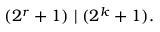
( 2 ^ { r } + 1 ) \mid ( 2 ^ { k } + 1 ) .